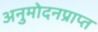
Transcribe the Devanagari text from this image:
अनुमोदनप्राप्त